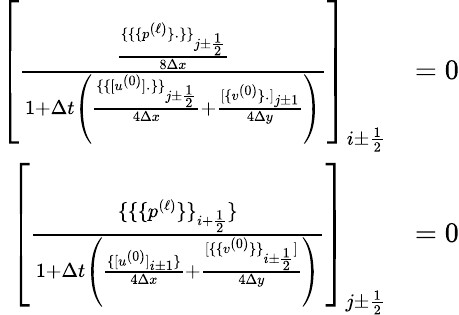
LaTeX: \begin{array}{rl}{\left[\frac{\frac{\{ \{ \{ p^{(\ell)}\} _{\cdot}\} \} _{j\pm\frac 12}}{8\Delta x}}{1+\Delta t\left(\frac{\{ \{ [u^{(0)}]_{\cdot}\} \} _{j\pm\frac 12}}{4\Delta x}+\frac{[\{ v^{(0)}\} _{\cdot}]_{j\pm 1}}{4\Delta y}\right)}\right]_{i\pm\frac 12}}&{=0}\\ {\left[\frac{\{ \{ \{ p^{(\ell)}\} \} _{i+\frac 12}\} }{1+\Delta t\left(\frac{\{ [u^{(0)}]_{i\pm 1}\} }{4\Delta x}+\frac{[\{ \{ v^{(0)}\} \} _{i\pm\frac 12}]}{4\Delta y}\right)}\right]_{j\pm\frac 12}}&{=0}\end{array}